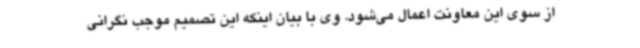
از سوی این معاونت اعمال می‌شود. وی با بیان اینکه این تصمیم موجب نگرانی